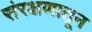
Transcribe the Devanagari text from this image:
संरक्षणातून